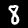
Label: 8